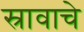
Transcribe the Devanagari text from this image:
स्रावाचे